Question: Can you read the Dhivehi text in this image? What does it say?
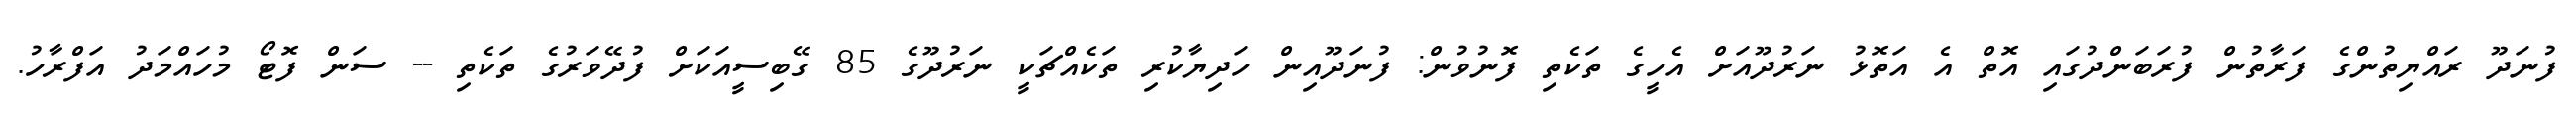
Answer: ފުނަދޫ ރައްޔިތުންގެ ފަރާތުން ފުރަބަންދުގައި އޮތް އެ އަތޮޅު ނަރުދޫއަށް އެހީގެ ތަކެތި ފޮނުވުން: ފުނަދޫއިން ހަދިޔާކުރި ތަކެއްޗަކީ ނަރުދޫގެ 85 ގޭބިސީއަކަށް ފުދޭވަރުގެ ތަކެތި -- ސަން ފޮޓޯ މުހައްމަދު އަފްރާހު.